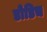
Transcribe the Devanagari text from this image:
डोडिच